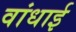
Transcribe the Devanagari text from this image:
वांधाई